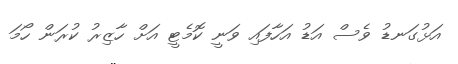
އަޅުގަނޑު ވެސް އަޑު އަހާފައި ވަނީ ކޮމެޓީ އަށް ހާޒިރު ކުރަން ހޯމަ